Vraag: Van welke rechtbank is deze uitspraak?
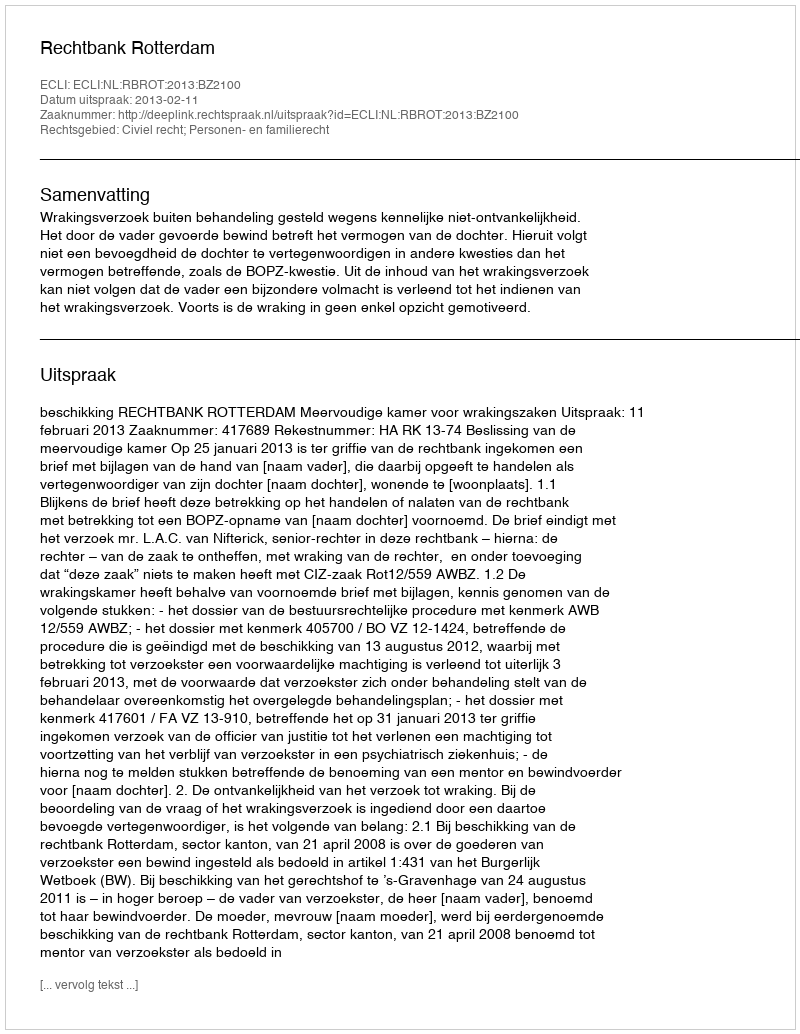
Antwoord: Rechtbank Rotterdam